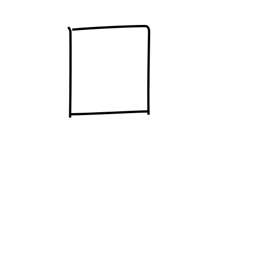
Meaning: box or enclosure radical (no. 31)